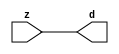

//------> ./rtl_mgc_ioport.v 
//------------------------------------------------------------------
//                M G C _ I O P O R T _ C O M P S
//------------------------------------------------------------------

//------------------------------------------------------------------
//                       M O D U L E S
//------------------------------------------------------------------

//------------------------------------------------------------------
//-- INPUT ENTITIES
//------------------------------------------------------------------

module mgc_in_wire (d, z);

  parameter integer rscid = 1;
  parameter integer width = 8;

  output [width-1:0] d;
  input  [width-1:0] z;

  wire   [width-1:0] d;

  assign d = z;

endmodule

//------------------------------------------------------------------

module mgc_in_wire_en (ld, d, lz, z);

  parameter integer rscid = 1;
  parameter integer width = 8;

  input              ld;
  output [width-1:0] d;
  output             lz;
  input  [width-1:0] z;

  wire   [width-1:0] d;
  wire               lz;

  assign d = z;
  assign lz = ld;

endmodule

//------------------------------------------------------------------

module mgc_in_wire_wait (ld, vd, d, lz, vz, z);

  parameter integer rscid = 1;
  parameter integer width = 8;

  input              ld;
  output             vd;
  output [width-1:0] d;
  output             lz;
  input              vz;
  input  [width-1:0] z;

  wire               vd;
  wire   [width-1:0] d;
  wire               lz;

  assign d = z;
  assign lz = ld;
  assign vd = vz;

endmodule
//------------------------------------------------------------------

module mgc_chan_in (ld, vd, d, lz, vz, z, size, req_size, sizez, sizelz);

  parameter integer rscid = 1;
  parameter integer width = 8;
  parameter integer sz_width = 8;

  input              ld;
  output             vd;
  output [width-1:0] d;
  output             lz;
  input              vz;
  input  [width-1:0] z;
  output [sz_width-1:0] size;
  input              req_size;
  input  [sz_width-1:0] sizez;
  output             sizelz;


  wire               vd;
  wire   [width-1:0] d;
  wire               lz;
  wire   [sz_width-1:0] size;
  wire               sizelz;

  assign d = z;
  assign lz = ld;
  assign vd = vz;
  assign size = sizez;
  assign sizelz = req_size;

endmodule


//------------------------------------------------------------------
//-- OUTPUT ENTITIES
//------------------------------------------------------------------

module mgc_out_stdreg (d, z);

  parameter integer rscid = 1;
  parameter integer width = 8;

  input    [width-1:0] d;
  output   [width-1:0] z;

  wire     [width-1:0] z;

  assign z = d;

endmodule

//------------------------------------------------------------------

module mgc_out_stdreg_en (ld, d, lz, z);

  parameter integer rscid = 1;
  parameter integer width = 8;

  input              ld;
  input  [width-1:0] d;
  output             lz;
  output [width-1:0] z;

  wire               lz;
  wire   [width-1:0] z;

  assign z = d;
  assign lz = ld;

endmodule

//------------------------------------------------------------------

module mgc_out_stdreg_wait (ld, vd, d, lz, vz, z);

  parameter integer rscid = 1;
  parameter integer width = 8;

  input              ld;
  output             vd;
  input  [width-1:0] d;
  output             lz;
  input              vz;
  output [width-1:0] z;

  wire               vd;
  wire               lz;
  wire   [width-1:0] z;

  assign z = d;
  assign lz = ld;
  assign vd = vz;

endmodule

//------------------------------------------------------------------

module mgc_out_prereg_en (ld, d, lz, z);

    parameter integer rscid = 1;
    parameter integer width = 8;

    input              ld;
    input  [width-1:0] d;
    output             lz;
    output [width-1:0] z;

    wire               lz;
    wire   [width-1:0] z;

    assign z = d;
    assign lz = ld;

endmodule

//------------------------------------------------------------------
//-- INOUT ENTITIES
//------------------------------------------------------------------

module mgc_inout_stdreg_en (ldin, din, ldout, dout, lzin, lzout, z);

    parameter integer rscid = 1;
    parameter integer width = 8;

    input              ldin;
    output [width-1:0] din;
    input              ldout;
    input  [width-1:0] dout;
    output             lzin;
    output             lzout;
    inout  [width-1:0] z;

    wire   [width-1:0] din;
    wire               lzin;
    wire               lzout;
    wire   [width-1:0] z;

    assign lzin = ldin;
    assign din = ldin ? z : {width{1'bz}};
    assign lzout = ldout;
    assign z = ldout ? dout : {width{1'bz}};

endmodule

//------------------------------------------------------------------
module hid_tribuf( I_SIG, ENABLE, O_SIG);
  parameter integer width = 8;

  input [width-1:0] I_SIG;
  input ENABLE;
  inout [width-1:0] O_SIG;

  assign O_SIG = (ENABLE) ? I_SIG : { width{1'bz}};

endmodule
//------------------------------------------------------------------

module mgc_inout_stdreg_wait (ldin, vdin, din, ldout, vdout, dout, lzin, vzin, lzout, vzout, z);

    parameter integer rscid = 1;
    parameter integer width = 8;

    input              ldin;
    output             vdin;
    output [width-1:0] din;
    input              ldout;
    output             vdout;
    input  [width-1:0] dout;
    output             lzin;
    input              vzin;
    output             lzout;
    input              vzout;
    inout  [width-1:0] z;

    wire               vdin;
    wire   [width-1:0] din;
    wire               vdout;
    wire               lzin;
    wire               lzout;
    wire   [width-1:0] z;
    wire   ldout_and_vzout;

    assign lzin = ldin;
    assign vdin = vzin;
    assign din = ldin ? z : {width{1'bz}};
    assign lzout = ldout;
    assign vdout = vzout ;
    assign ldout_and_vzout = ldout && vzout ;

    hid_tribuf #(width) tb( .I_SIG(dout),
                            .ENABLE(ldout_and_vzout),
                            .O_SIG(z) );

endmodule

//------------------------------------------------------------------

module mgc_inout_buf_wait (clk, en, arst, srst, ldin, vdin, din, ldout, vdout, dout, lzin, vzin, lzout, vzout, z);

    parameter integer rscid   = 0; // resource ID
    parameter integer width   = 8; // fifo width
    parameter         ph_clk  =  1'b1; // clock polarity 1=rising edge, 0=falling edge
    parameter         ph_en   =  1'b1; // clock enable polarity
    parameter         ph_arst =  1'b1; // async reset polarity
    parameter         ph_srst =  1'b1; // sync reset polarity

    input              clk;
    input              en;
    input              arst;
    input              srst;
    input              ldin;
    output             vdin;
    output [width-1:0] din;
    input              ldout;
    output             vdout;
    input  [width-1:0] dout;
    output             lzin;
    input              vzin;
    output             lzout;
    input              vzout;
    inout  [width-1:0] z;

    wire               lzout_buf;
    wire               vzout_buf;
    wire   [width-1:0] z_buf;
    wire               vdin;
    wire   [width-1:0] din;
    wire               vdout;
    wire               lzin;
    wire               lzout;
    wire   [width-1:0] z;

    assign lzin = ldin;
    assign vdin = vzin;
    assign din = ldin ? z : {width{1'bz}};
    assign lzout = lzout_buf & ~ldin;
    assign vzout_buf = vzout & ~ldin;
    hid_tribuf #(width) tb( .I_SIG(z_buf),
                            .ENABLE((lzout_buf && (!ldin) && vzout) ),
                            .O_SIG(z)  );

    mgc_out_buf_wait
    #(
        .rscid   (rscid),
        .width   (width),
        .ph_clk  (ph_clk),
        .ph_en   (ph_en),
        .ph_arst (ph_arst),
        .ph_srst (ph_srst)
    )
    BUFF
    (
        .clk     (clk),
        .en      (en),
        .arst    (arst),
        .srst    (srst),
        .ld      (ldout),
        .vd      (vdout),
        .d       (dout),
        .lz      (lzout_buf),
        .vz      (vzout_buf),
        .z       (z_buf)
    );


endmodule

module mgc_inout_fifo_wait (clk, en, arst, srst, ldin, vdin, din, ldout, vdout, dout, lzin, vzin, lzout, vzout, z);

    parameter integer rscid   = 0; // resource ID
    parameter integer width   = 8; // fifo width
    parameter integer fifo_sz = 8; // fifo depth
    parameter         ph_clk  = 1'b1;  // clock polarity 1=rising edge, 0=falling edge
    parameter         ph_en   = 1'b1;  // clock enable polarity
    parameter         ph_arst = 1'b1;  // async reset polarity
    parameter         ph_srst = 1'b1;  // sync reset polarity
    parameter integer ph_log2 = 3;     // log2(fifo_sz)
    parameter integer pwropt  = 0;     // pwropt

    input              clk;
    input              en;
    input              arst;
    input              srst;
    input              ldin;
    output             vdin;
    output [width-1:0] din;
    input              ldout;
    output             vdout;
    input  [width-1:0] dout;
    output             lzin;
    input              vzin;
    output             lzout;
    input              vzout;
    inout  [width-1:0] z;

    wire               lzout_buf;
    wire               vzout_buf;
    wire   [width-1:0] z_buf;
    wire               comb;
    wire               vdin;
    wire   [width-1:0] din;
    wire               vdout;
    wire               lzin;
    wire               lzout;
    wire   [width-1:0] z;

    assign lzin = ldin;
    assign vdin = vzin;
    assign din = ldin ? z : {width{1'bz}};
    assign lzout = lzout_buf & ~ldin;
    assign vzout_buf = vzout & ~ldin;
    assign comb = (lzout_buf && (!ldin) && vzout);

    hid_tribuf #(width) tb2( .I_SIG(z_buf), .ENABLE(comb), .O_SIG(z)  );

    mgc_out_fifo_wait
    #(
        .rscid   (rscid),
        .width   (width),
        .fifo_sz (fifo_sz),
        .ph_clk  (ph_clk),
        .ph_en   (ph_en),
        .ph_arst (ph_arst),
        .ph_srst (ph_srst),
        .ph_log2 (ph_log2),
        .pwropt  (pwropt)
    )
    FIFO
    (
        .clk   (clk),
        .en      (en),
        .arst    (arst),
        .srst    (srst),
        .ld      (ldout),
        .vd      (vdout),
        .d       (dout),
        .lz      (lzout_buf),
        .vz      (vzout_buf),
        .z       (z_buf)
    );

endmodule

//------------------------------------------------------------------
//-- I/O SYNCHRONIZATION ENTITIES
//------------------------------------------------------------------

module mgc_io_sync (ld, lz);

    input  ld;
    output lz;

    assign lz = ld;

endmodule

module mgc_bsync_rdy (rd, rz);

    parameter integer rscid   = 0; // resource ID
    parameter ready = 1;
    parameter valid = 0;

    input  rd;
    output rz;

    wire   rz;

    assign rz = rd;

endmodule

module mgc_bsync_vld (vd, vz);

    parameter integer rscid   = 0; // resource ID
    parameter ready = 0;
    parameter valid = 1;

    output vd;
    input  vz;

    wire   vd;

    assign vd = vz;

endmodule

module mgc_bsync_rv (rd, vd, rz, vz);

    parameter integer rscid   = 0; // resource ID
    parameter ready = 1;
    parameter valid = 1;

    input  rd;
    output vd;
    output rz;
    input  vz;

    wire   vd;
    wire   rz;

    assign rz = rd;
    assign vd = vz;

endmodule

//------------------------------------------------------------------

module mgc_sync (ldin, vdin, ldout, vdout);

  input  ldin;
  output vdin;
  input  ldout;
  output vdout;

  wire   vdin;
  wire   vdout;

  assign vdin = ldout;
  assign vdout = ldin;

endmodule

///////////////////////////////////////////////////////////////////////////////
// dummy function used to preserve funccalls for modulario
// it looks like a memory read to the caller
///////////////////////////////////////////////////////////////////////////////
module funccall_inout (d, ad, bd, z, az, bz);

  parameter integer ram_id = 1;
  parameter integer width = 8;
  parameter integer addr_width = 8;

  output [width-1:0]       d;
  input  [addr_width-1:0]  ad;
  input                    bd;
  input  [width-1:0]       z;
  output [addr_width-1:0]  az;
  output                   bz;

  wire   [width-1:0]       d;
  wire   [addr_width-1:0]  az;
  wire                     bz;

  assign d  = z;
  assign az = ad;
  assign bz = bd;

endmodule


///////////////////////////////////////////////////////////////////////////////
// inlinable modular io not otherwise found in mgc_ioport
///////////////////////////////////////////////////////////////////////////////

module modulario_en_in (vd, d, vz, z);

  parameter integer rscid = 1;
  parameter integer width = 8;

  output             vd;
  output [width-1:0] d;
  input              vz;
  input  [width-1:0] z;

  wire   [width-1:0] d;
  wire               vd;

  assign d = z;
  assign vd = vz;

endmodule

//------> ./rtl_mgc_ioport_v2001.v 
//------------------------------------------------------------------

module mgc_out_reg_pos (clk, en, arst, srst, ld, d, lz, z);

    parameter integer rscid   = 1;
    parameter integer width   = 8;
    parameter         ph_en   =  1'b1;
    parameter         ph_arst =  1'b1;
    parameter         ph_srst =  1'b1;

    input              clk;
    input              en;
    input              arst;
    input              srst;
    input              ld;
    input  [width-1:0] d;
    output             lz;
    output [width-1:0] z;

    reg                lz;
    reg    [width-1:0] z;

    generate
    if (ph_arst == 1'b0)
    begin: NEG_ARST
        always @(posedge clk or negedge arst)
        if (arst == 1'b0)
        begin: B1
            lz <= 1'b0;
            z  <= {width{1'b0}};
        end
        else if (srst == ph_srst)
        begin: B2
            lz <= 1'b0;
            z  <= {width{1'b0}};
        end
        else if (en == ph_en)
        begin: B3
            lz <= ld;
            z  <= (ld) ? d : z;
        end
    end
    else
    begin: POS_ARST
        always @(posedge clk or posedge arst)
        if (arst == 1'b1)
        begin: B1
            lz <= 1'b0;
            z  <= {width{1'b0}};
        end
        else if (srst == ph_srst)
        begin: B2
            lz <= 1'b0;
            z  <= {width{1'b0}};
        end
        else if (en == ph_en)
        begin: B3
            lz <= ld;
            z  <= (ld) ? d : z;
        end
    end
    endgenerate

endmodule

//------------------------------------------------------------------

module mgc_out_reg_neg (clk, en, arst, srst, ld, d, lz, z);

    parameter integer rscid   = 1;
    parameter integer width   = 8;
    parameter         ph_en   =  1'b1;
    parameter         ph_arst =  1'b1;
    parameter         ph_srst =  1'b1;

    input              clk;
    input              en;
    input              arst;
    input              srst;
    input              ld;
    input  [width-1:0] d;
    output             lz;
    output [width-1:0] z;

    reg                lz;
    reg    [width-1:0] z;

    generate
    if (ph_arst == 1'b0)
    begin: NEG_ARST
        always @(negedge clk or negedge arst)
        if (arst == 1'b0)
        begin: B1
            lz <= 1'b0;
            z  <= {width{1'b0}};
        end
        else if (srst == ph_srst)
        begin: B2
            lz <= 1'b0;
            z  <= {width{1'b0}};
        end
        else if (en == ph_en)
        begin: B3
            lz <= ld;
            z  <= (ld) ? d : z;
        end
    end
    else
    begin: POS_ARST
        always @(negedge clk or posedge arst)
        if (arst == 1'b1)
        begin: B1
            lz <= 1'b0;
            z  <= {width{1'b0}};
        end
        else if (srst == ph_srst)
        begin: B2
            lz <= 1'b0;
            z  <= {width{1'b0}};
        end
        else if (en == ph_en)
        begin: B3
            lz <= ld;
            z  <= (ld) ? d : z;
        end
    end
    endgenerate

endmodule

//------------------------------------------------------------------

module mgc_out_reg (clk, en, arst, srst, ld, d, lz, z); // Not Supported

    parameter integer rscid   = 1;
    parameter integer width   = 8;
    parameter         ph_clk  =  1'b1;
    parameter         ph_en   =  1'b1;
    parameter         ph_arst =  1'b1;
    parameter         ph_srst =  1'b1;

    input              clk;
    input              en;
    input              arst;
    input              srst;
    input              ld;
    input  [width-1:0] d;
    output             lz;
    output [width-1:0] z;


    generate
    if (ph_clk == 1'b0)
    begin: NEG_EDGE

        mgc_out_reg_neg
        #(
            .rscid   (rscid),
            .width   (width),
            .ph_en   (ph_en),
            .ph_arst (ph_arst),
            .ph_srst (ph_srst)
        )
        mgc_out_reg_neg_inst
        (
            .clk     (clk),
            .en      (en),
            .arst    (arst),
            .srst    (srst),
            .ld      (ld),
            .d       (d),
            .lz      (lz),
            .z       (z)
        );

    end
    else
    begin: POS_EDGE

        mgc_out_reg_pos
        #(
            .rscid   (rscid),
            .width   (width),
            .ph_en   (ph_en),
            .ph_arst (ph_arst),
            .ph_srst (ph_srst)
        )
        mgc_out_reg_pos_inst
        (
            .clk     (clk),
            .en      (en),
            .arst    (arst),
            .srst    (srst),
            .ld      (ld),
            .d       (d),
            .lz      (lz),
            .z       (z)
        );

    end
    endgenerate

endmodule




//------------------------------------------------------------------

module mgc_out_buf_wait (clk, en, arst, srst, ld, vd, d, vz, lz, z); // Not supported

    parameter integer rscid   = 1;
    parameter integer width   = 8;
    parameter         ph_clk  =  1'b1;
    parameter         ph_en   =  1'b1;
    parameter         ph_arst =  1'b1;
    parameter         ph_srst =  1'b1;

    input              clk;
    input              en;
    input              arst;
    input              srst;
    input              ld;
    output             vd;
    input  [width-1:0] d;
    output             lz;
    input              vz;
    output [width-1:0] z;

    wire               filled;
    wire               filled_next;
    wire   [width-1:0] abuf;
    wire               lbuf;


    assign filled_next = (filled & (~vz)) | (filled & ld) | (ld & (~vz));

    assign lbuf = ld & ~(filled ^ vz);

    assign vd = vz | ~filled;

    assign lz = ld | filled;

    assign z = (filled) ? abuf : d;

    wire dummy;
    wire dummy_bufreg_lz;

    // Output registers:
    mgc_out_reg
    #(
        .rscid   (rscid),
        .width   (1'b1),
        .ph_clk  (ph_clk),
        .ph_en   (ph_en),
        .ph_arst (ph_arst),
        .ph_srst (ph_srst)
    )
    STATREG
    (
        .clk     (clk),
        .en      (en),
        .arst    (arst),
        .srst    (srst),
        .ld      (filled_next),
        .d       (1'b0),       // input d is unused
        .lz      (filled),
        .z       (dummy)            // output z is unused
    );

    mgc_out_reg
    #(
        .rscid   (rscid),
        .width   (width),
        .ph_clk  (ph_clk),
        .ph_en   (ph_en),
        .ph_arst (ph_arst),
        .ph_srst (ph_srst)
    )
    BUFREG
    (
        .clk     (clk),
        .en      (en),
        .arst    (arst),
        .srst    (srst),
        .ld      (lbuf),
        .d       (d),
        .lz      (dummy_bufreg_lz),
        .z       (abuf)
    );

endmodule

//------------------------------------------------------------------

module mgc_out_fifo_wait (clk, en, arst, srst, ld, vd, d, lz, vz,  z);

    parameter integer rscid   = 0; // resource ID
    parameter integer width   = 8; // fifo width
    parameter integer fifo_sz = 8; // fifo depth
    parameter         ph_clk  = 1'b1; // clock polarity 1=rising edge, 0=falling edge
    parameter         ph_en   = 1'b1; // clock enable polarity
    parameter         ph_arst = 1'b1; // async reset polarity
    parameter         ph_srst = 1'b1; // sync reset polarity
    parameter integer ph_log2 = 3; // log2(fifo_sz)
    parameter integer pwropt  = 0; // pwropt


    input                 clk;
    input                 en;
    input                 arst;
    input                 srst;
    input                 ld;    // load data
    output                vd;    // fifo full active low
    input     [width-1:0] d;
    output                lz;    // fifo ready to send
    input                 vz;    // dest ready for data
    output    [width-1:0] z;

    wire    [31:0]      size;


      // Output registers:
 mgc_out_fifo_wait_core#(
        .rscid   (rscid),
        .width   (width),
        .sz_width (32),
        .fifo_sz (fifo_sz),
        .ph_clk  (ph_clk),
        .ph_en   (ph_en),
        .ph_arst (ph_arst),
        .ph_srst (ph_srst),
        .ph_log2 (ph_log2),
        .pwropt  (pwropt)
        ) CORE (
        .clk (clk),
        .en (en),
        .arst (arst),
        .srst (srst),
        .ld (ld),
        .vd (vd),
        .d (d),
        .lz (lz),
        .vz (vz),
        .z (z),
        .size (size)
        );

endmodule



module mgc_out_fifo_wait_core (clk, en, arst, srst, ld, vd, d, lz, vz,  z, size);

    parameter integer rscid   = 0; // resource ID
    parameter integer width   = 8; // fifo width
    parameter integer sz_width = 8; // size of port for elements in fifo
    parameter integer fifo_sz = 8; // fifo depth
    parameter         ph_clk  =  1'b1; // clock polarity 1=rising edge, 0=falling edge
    parameter         ph_en   =  1'b1; // clock enable polarity
    parameter         ph_arst =  1'b1; // async reset polarity
    parameter         ph_srst =  1'b1; // sync reset polarity
    parameter integer ph_log2 = 3; // log2(fifo_sz)
    parameter integer pwropt  = 0; // pwropt

   localparam integer  fifo_b = width * fifo_sz;

    input                 clk;
    input                 en;
    input                 arst;
    input                 srst;
    input                 ld;    // load data
    output                vd;    // fifo full active low
    input     [width-1:0] d;
    output                lz;    // fifo ready to send
    input                 vz;    // dest ready for data
    output    [width-1:0] z;
    output    [sz_width-1:0]      size;

    reg      [( (fifo_sz > 0) ? fifo_sz : 1)-1:0] stat_pre;
    wire     [( (fifo_sz > 0) ? fifo_sz : 1)-1:0] stat;
    reg      [( (fifo_b > 0) ? fifo_b : 1)-1:0] buff_pre;
    wire     [( (fifo_b > 0) ? fifo_b : 1)-1:0] buff;
    reg      [( (fifo_sz > 0) ? fifo_sz : 1)-1:0] en_l;
    reg      [(((fifo_sz > 0) ? fifo_sz : 1)-1)/8:0] en_l_s;

    reg       [width-1:0] buff_nxt;

    reg                   stat_nxt;
    reg                   stat_before;
    reg                   stat_after;
    reg                   en_l_var;

    integer               i;
    genvar                eni;

    wire [32:0]           size_t;
    reg [31:0]            count;
    reg [31:0]            count_t;
    reg [32:0]            n_elem;
// pragma translate_off
    reg [31:0]            peak;
// pragma translate_on

    wire [( (fifo_sz > 0) ? fifo_sz : 1)-1:0] dummy_statreg_lz;
    wire [( (fifo_b > 0) ? fifo_b : 1)-1:0] dummy_bufreg_lz;

    generate
    if ( fifo_sz > 0 )
    begin: FIFO_REG
      assign vd = vz | ~stat[0];
      assign lz = ld | stat[fifo_sz-1];
      assign size_t = (count - (vz && stat[fifo_sz-1])) + ld;
      assign size = size_t[sz_width-1:0];
      assign z = (stat[fifo_sz-1]) ? buff[fifo_b-1:width*(fifo_sz-1)] : d;

      always @(*)
      begin: FIFOPROC
        n_elem = 33'b0;
        for (i = fifo_sz-1; i >= 0; i = i - 1)
        begin
          if (i != 0)
            stat_before = stat[i-1];
          else
            stat_before = 1'b0;

          if (i != (fifo_sz-1))
            stat_after = stat[i+1];
          else
            stat_after = 1'b1;

          stat_nxt = stat_after &
                    (stat_before | (stat[i] & (~vz)) | (stat[i] & ld) | (ld & (~vz)));

          stat_pre[i] = stat_nxt;
          en_l_var = 1'b1;
          if (!stat_nxt)
            begin
              buff_nxt = {width{1'b0}};
              en_l_var = 1'b0;
            end
          else if (vz && stat_before)
            buff_nxt[0+:width] = buff[width*(i-1)+:width];
          else if (ld && !((vz && stat_before) || ((!vz) && stat[i])))
            buff_nxt = d;
          else
            begin
              if (pwropt == 0)
                buff_nxt[0+:width] = buff[width*i+:width];
              else
                buff_nxt = {width{1'b0}};
              en_l_var = 1'b0;
            end

          if (ph_en != 0)
            en_l[i] = en & en_l_var;
          else
            en_l[i] = en | ~en_l_var;

          buff_pre[width*i+:width] = buff_nxt[0+:width];

          if ((stat_after == 1'b1) && (stat[i] == 1'b0))
            n_elem = ($unsigned(fifo_sz) - 1) - i;
        end

        if (ph_en != 0)
          en_l_s[(((fifo_sz > 0) ? fifo_sz : 1)-1)/8] = 1'b1;
        else
          en_l_s[(((fifo_sz > 0) ? fifo_sz : 1)-1)/8] = 1'b0;

        for (i = fifo_sz-1; i >= 7; i = i - 1)
        begin
          if ((i%'d2) == 0)
          begin
            if (ph_en != 0)
              en_l_s[(i/8)-1] = en & (stat[i]|stat_pre[i-1]);
            else
              en_l_s[(i/8)-1] = en | ~(stat[i]|stat_pre[i-1]);
          end
        end

        if ( stat[fifo_sz-1] == 1'b0 )
          count_t = 32'b0;
        else if ( stat[0] == 1'b1 )
          count_t = { {(32-ph_log2){1'b0}}, fifo_sz};
        else
          count_t = n_elem[31:0];
        count = count_t;
// pragma translate_off
        if ( peak < count )
          peak = count;
// pragma translate_on
      end

      if (pwropt == 0)
      begin: NOCGFIFO
        // Output registers:
        mgc_out_reg
        #(
            .rscid   (rscid),
            .width   (fifo_sz),
            .ph_clk  (ph_clk),
            .ph_en   (ph_en),
            .ph_arst (ph_arst),
            .ph_srst (ph_srst)
        )
        STATREG
        (
            .clk     (clk),
            .en      (en),
            .arst    (arst),
            .srst    (srst),
            .ld      (1'b1),
            .d       (stat_pre),
            .lz      (dummy_statreg_lz[0]),
            .z       (stat)
        );
        mgc_out_reg
        #(
            .rscid   (rscid),
            .width   (fifo_b),
            .ph_clk  (ph_clk),
            .ph_en   (ph_en),
            .ph_arst (ph_arst),
            .ph_srst (ph_srst)
        )
        BUFREG
        (
            .clk     (clk),
            .en      (en),
            .arst    (arst),
            .srst    (srst),
            .ld      (1'b1),
            .d       (buff_pre),
            .lz      (dummy_bufreg_lz[0]),
            .z       (buff)
        );
      end
      else
      begin: CGFIFO
        // Output registers:
        if ( pwropt > 1)
        begin: CGSTATFIFO2
          for (eni = fifo_sz-1; eni >= 0; eni = eni - 1)
          begin: pwroptGEN1
            mgc_out_reg
            #(
              .rscid   (rscid),
              .width   (1),
              .ph_clk  (ph_clk),
              .ph_en   (ph_en),
              .ph_arst (ph_arst),
              .ph_srst (ph_srst)
            )
            STATREG
            (
              .clk     (clk),
              .en      (en_l_s[eni/8]),
              .arst    (arst),
              .srst    (srst),
              .ld      (1'b1),
              .d       (stat_pre[eni]),
              .lz      (dummy_statreg_lz[eni]),
              .z       (stat[eni])
            );
          end
        end
        else
        begin: CGSTATFIFO
          mgc_out_reg
          #(
            .rscid   (rscid),
            .width   (fifo_sz),
            .ph_clk  (ph_clk),
            .ph_en   (ph_en),
            .ph_arst (ph_arst),
            .ph_srst (ph_srst)
          )
          STATREG
          (
            .clk     (clk),
            .en      (en),
            .arst    (arst),
            .srst    (srst),
            .ld      (1'b1),
            .d       (stat_pre),
            .lz      (dummy_statreg_lz[0]),
            .z       (stat)
          );
        end
        for (eni = fifo_sz-1; eni >= 0; eni = eni - 1)
        begin: pwroptGEN2
          mgc_out_reg
          #(
            .rscid   (rscid),
            .width   (width),
            .ph_clk  (ph_clk),
            .ph_en   (ph_en),
            .ph_arst (ph_arst),
            .ph_srst (ph_srst)
          )
          BUFREG
          (
            .clk     (clk),
            .en      (en_l[eni]),
            .arst    (arst),
            .srst    (srst),
            .ld      (1'b1),
            .d       (buff_pre[width*eni+:width]),
            .lz      (dummy_bufreg_lz[eni]),
            .z       (buff[width*eni+:width])
          );
        end
      end
    end
    else
    begin: FEED_THRU
      assign vd = vz;
      assign lz = ld;
      assign z = d;
      assign size = ld && !vz;
    end
    endgenerate

endmodule

//------------------------------------------------------------------
//-- PIPE ENTITIES
//------------------------------------------------------------------
/*
 *
 *             _______________________________________________
 * WRITER    |                                               |          READER
 *           |           MGC_PIPE                            |
 *           |           __________________________          |
 *        --<| vdout  --<| vd ---------------  vz<|-----ldin<|---
 *           |           |      FIFO              |          |
 *        ---|>ldout  ---|>ld ---------------- lz |> ---vdin |>--
 *        ---|>dout -----|>d  ---------------- dz |> ----din |>--
 *           |           |________________________|          |
 *           |_______________________________________________|
 */
// two clock pipe
module mgc_pipe (clk, en, arst, srst, ldin, vdin, din, ldout, vdout, dout, size, req_size);

    parameter integer rscid   = 0; // resource ID
    parameter integer width   = 8; // fifo width
    parameter integer sz_width = 8; // width of size of elements in fifo
    parameter integer fifo_sz = 8; // fifo depth
    parameter integer log2_sz = 3; // log2(fifo_sz)
    parameter         ph_clk  = 1'b1;  // clock polarity 1=rising edge, 0=falling edge
    parameter         ph_en   = 1'b1;  // clock enable polarity
    parameter         ph_arst = 1'b1;  // async reset polarity
    parameter         ph_srst = 1'b1;  // sync reset polarity
    parameter integer pwropt  = 0; // pwropt

    input              clk;
    input              en;
    input              arst;
    input              srst;
    input              ldin;
    output             vdin;
    output [width-1:0] din;
    input              ldout;
    output             vdout;
    input  [width-1:0] dout;
    output [sz_width-1:0]      size;
    input              req_size;


    mgc_out_fifo_wait_core
    #(
        .rscid    (rscid),
        .width    (width),
        .sz_width (sz_width),
        .fifo_sz  (fifo_sz),
        .ph_clk   (ph_clk),
        .ph_en    (ph_en),
        .ph_arst  (ph_arst),
        .ph_srst  (ph_srst),
        .ph_log2  (log2_sz),
        .pwropt   (pwropt)
    )
    FIFO
    (
        .clk     (clk),
        .en      (en),
        .arst    (arst),
        .srst    (srst),
        .ld      (ldout),
        .vd      (vdout),
        .d       (dout),
        .lz      (vdin),
        .vz      (ldin),
        .z       (din),
        .size    (size)
    );

endmodule


//------> ./rtl.v 
// ----------------------------------------------------------------------
//  HLS HDL:        Verilog Netlister
//  HLS Version:    2011a.126 Production Release
//  HLS Date:       Wed Aug  8 00:52:07 PDT 2012
// 
//  Generated by:   rbw14@EEWS104A-005
//  Generated date: Tue May 05 15:06:38 2015
// ----------------------------------------------------------------------

// 
// ------------------------------------------------------------------
//  Design Unit:    red_tint_core
// ------------------------------------------------------------------


module red_tint_core (
  clk, en, arst_n, video_in_rsc_mgc_in_wire_d, video_out_rsc_mgc_out_stdreg_d, mouse_xy_rsc_mgc_in_wire_d
);
  input clk;
  input en;
  input arst_n;
  input [29:0] video_in_rsc_mgc_in_wire_d;
  output [29:0] video_out_rsc_mgc_out_stdreg_d;
  input [19:0] mouse_xy_rsc_mgc_in_wire_d;


  // Interconnect Declarations
  wire [7:0] acc_psp_sva;
  wire [8:0] nl_acc_psp_sva;
  reg [9:0] reg_video_out_rsc_mgc_out_stdreg_d_tmp;
  reg [9:0] reg_video_out_rsc_mgc_out_stdreg_d_tmp_1;
  reg [9:0] reg_video_out_rsc_mgc_out_stdreg_d_tmp_2;
  wire [12:0] acc_4_itm;
  wire [13:0] nl_acc_4_itm;
  wire [12:0] acc_5_itm;
  wire [13:0] nl_acc_5_itm;


  // Interconnect Declarations for Component Instantiations 
  assign video_out_rsc_mgc_out_stdreg_d = {reg_video_out_rsc_mgc_out_stdreg_d_tmp
      , reg_video_out_rsc_mgc_out_stdreg_d_tmp_1 , reg_video_out_rsc_mgc_out_stdreg_d_tmp_2};
  assign nl_acc_4_itm = conv_u2s_11_13({(video_in_rsc_mgc_in_wire_d[19:10]) , 1'b1})
      + conv_s2s_11_13({(~ acc_psp_sva) , (~ (mouse_xy_rsc_mgc_in_wire_d[0])) , 2'b1});
  assign acc_4_itm = nl_acc_4_itm[12:0];
  assign nl_acc_5_itm = conv_u2s_11_13({(video_in_rsc_mgc_in_wire_d[9:0]) , 1'b1})
      + conv_s2s_11_13({(~ acc_psp_sva) , (~ (mouse_xy_rsc_mgc_in_wire_d[0])) , 2'b1});
  assign acc_5_itm = nl_acc_5_itm[12:0];
  assign nl_acc_psp_sva = (mouse_xy_rsc_mgc_in_wire_d[8:1]) + ({(mouse_xy_rsc_mgc_in_wire_d[6:0])
      , 1'b1});
  assign acc_psp_sva = nl_acc_psp_sva[7:0];
  always @(posedge clk or negedge arst_n) begin
    if ( ~ arst_n ) begin
      reg_video_out_rsc_mgc_out_stdreg_d_tmp <= 10'b0;
      reg_video_out_rsc_mgc_out_stdreg_d_tmp_1 <= 10'b0;
      reg_video_out_rsc_mgc_out_stdreg_d_tmp_2 <= 10'b0;
    end
    else begin
      if ( en ) begin
        reg_video_out_rsc_mgc_out_stdreg_d_tmp <= video_in_rsc_mgc_in_wire_d[29:20];
        reg_video_out_rsc_mgc_out_stdreg_d_tmp_1 <= (MUX_v_10_2_2({(acc_4_itm[10:1])
            , (signext_10_1(~ (readslicef_10_1_9(((~ (acc_4_itm[10:1])) + 10'b1)))))},
            acc_4_itm[11])) & (signext_10_1(~ (acc_4_itm[12])));
        reg_video_out_rsc_mgc_out_stdreg_d_tmp_2 <= (MUX_v_10_2_2({(acc_5_itm[10:1])
            , (signext_10_1(~ (readslicef_10_1_9(((~ (acc_5_itm[10:1])) + 10'b1)))))},
            acc_5_itm[11])) & (signext_10_1(~ (acc_5_itm[12])));
      end
    end
  end

  function [9:0] MUX_v_10_2_2;
    input [19:0] inputs;
    input [0:0] sel;
    reg [9:0] result;
  begin
    case (sel)
      1'b0 : begin
        result = inputs[19:10];
      end
      1'b1 : begin
        result = inputs[9:0];
      end
      default : begin
        result = inputs[19:10];
      end
    endcase
    MUX_v_10_2_2 = result;
  end
  endfunction


  function [0:0] readslicef_10_1_9;
    input [9:0] vector;
    reg [9:0] tmp;
  begin
    tmp = vector >> 9;
    readslicef_10_1_9 = tmp[0:0];
  end
  endfunction


  function [9:0] signext_10_1;
    input [0:0] vector;
  begin
    signext_10_1= {{9{vector[0]}}, vector};
  end
  endfunction


  function signed [12:0] conv_u2s_11_13 ;
    input [10:0]  vector ;
  begin
    conv_u2s_11_13 = {{2{1'b0}}, vector};
  end
  endfunction


  function signed [12:0] conv_s2s_11_13 ;
    input signed [10:0]  vector ;
  begin
    conv_s2s_11_13 = {{2{vector[10]}}, vector};
  end
  endfunction

endmodule

// ------------------------------------------------------------------
//  Design Unit:    red_tint
//  Generated from file(s):
//    2) $PROJECT_HOME/edge3.c
// ------------------------------------------------------------------


module red_tint (
  video_in_rsc_z, video_out_rsc_z, mouse_xy_rsc_z, clk, en, arst_n
);
  input [29:0] video_in_rsc_z;
  output [29:0] video_out_rsc_z;
  input [19:0] mouse_xy_rsc_z;
  input clk;
  input en;
  input arst_n;


  // Interconnect Declarations
  wire [29:0] video_in_rsc_mgc_in_wire_d;
  wire [29:0] video_out_rsc_mgc_out_stdreg_d;
  wire [19:0] mouse_xy_rsc_mgc_in_wire_d;


  // Interconnect Declarations for Component Instantiations 
  mgc_in_wire #(.rscid(1),
  .width(30)) video_in_rsc_mgc_in_wire (
      .d(video_in_rsc_mgc_in_wire_d),
      .z(video_in_rsc_z)
    );
  mgc_out_stdreg #(.rscid(2),
  .width(30)) video_out_rsc_mgc_out_stdreg (
      .d(video_out_rsc_mgc_out_stdreg_d),
      .z(video_out_rsc_z)
    );
  mgc_in_wire #(.rscid(3),
  .width(20)) mouse_xy_rsc_mgc_in_wire (
      .d(mouse_xy_rsc_mgc_in_wire_d),
      .z(mouse_xy_rsc_z)
    );
  red_tint_core red_tint_core_inst (
      .clk(clk),
      .en(en),
      .arst_n(arst_n),
      .video_in_rsc_mgc_in_wire_d(video_in_rsc_mgc_in_wire_d),
      .video_out_rsc_mgc_out_stdreg_d(video_out_rsc_mgc_out_stdreg_d),
      .mouse_xy_rsc_mgc_in_wire_d(mouse_xy_rsc_mgc_in_wire_d)
    );
endmodule